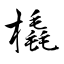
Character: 橇